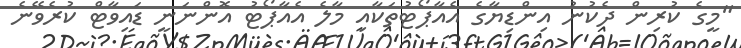
"މީގެ ކުރިން ދެކުނު އިންޑިޔާގެ އެއާޕޯޓުތަކާއި މާލެ އެއާޕޯޓު އޮންނަނީ ޑައިވާޓް ކުރެވޭނެ